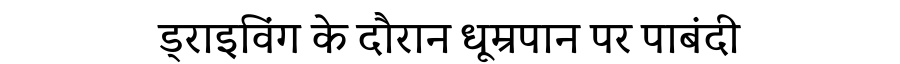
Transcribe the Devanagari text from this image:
ड्राइविंग के दौरान धूम्रपान पर पाबंदी